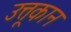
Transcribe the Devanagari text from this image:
उत्तूकान